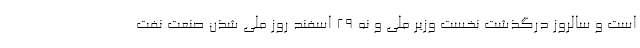
است و سالروز درگذشت نخست وزیر ملی و نه 29 اسفند روز ملی شذن صنعت نفت